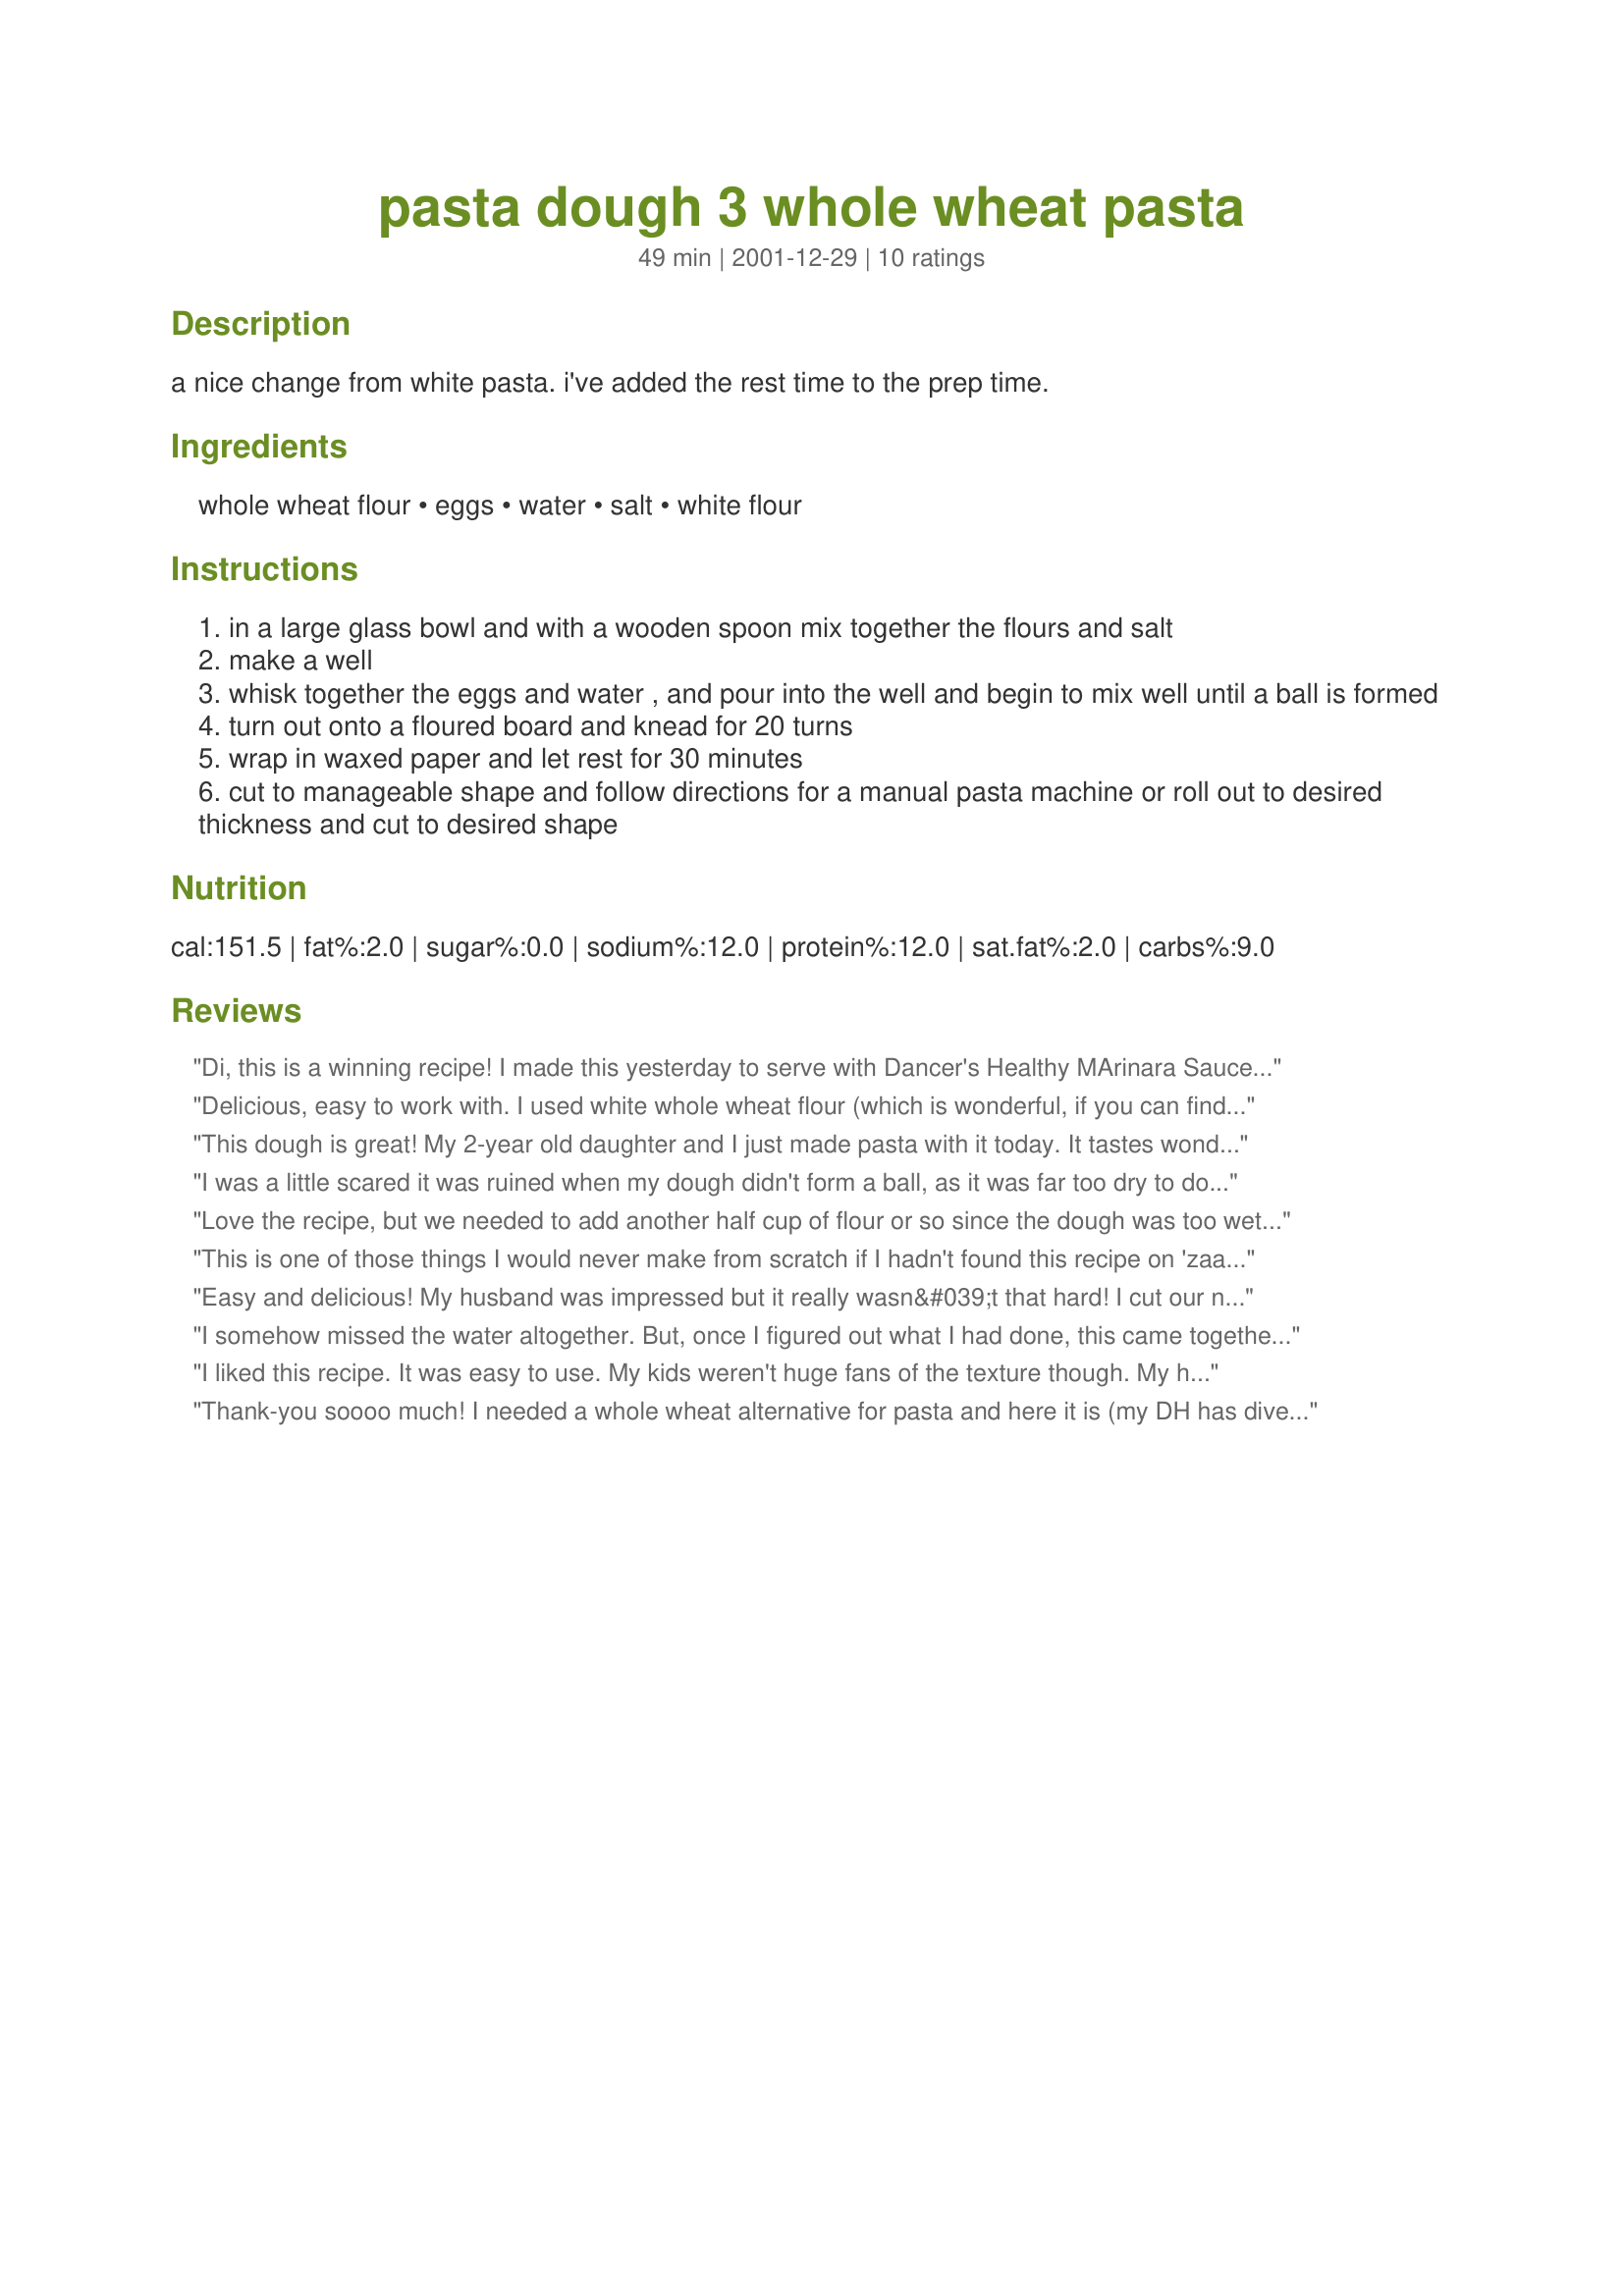
pasta dough 3 whole wheat pasta
Preparation time: 49 minutes

a nice change from white pasta. i've added the rest time to the prep time.

Ingredients:
whole wheat flour, eggs, water, salt, white flour

Steps:
in a large glass bowl and with a wooden spoon mix together the flours and salt
make a well
whisk together the eggs and water , and pour into the well and begin to mix well until a ball is formed
turn out onto a floured board and knead for 20 turns
wrap in waxed paper and let rest for 30 minutes
cut to manageable shape and follow directions for a manual pasta machine or roll out to desired thickness and cut to desired shape

Reviews:
Di, this is a winning recipe! I made this yesterday to serve with Dancer's Healthy MArinara Sauce and some fried calamari. I used my Kitchenaid Mixer's linguini attachment and this was a really terrific treat. I allowed the noodles to dry a bit as I prepared everything else and they boiled up really well. They also absorbed the sauce REALLY well and I just had a bit of the leftovers and the pasta is even better today. THANK YOU THANK YOU THANK YOU for posting this!!!
Delicious, easy to work with. I used white whole wheat flour (which is wonderful, if you can find it). Made ravioli, fettucine, and papardelle, all with success. Thanks!
This dough is great! My 2-year old daughter and I just made pasta with it today. It tastes wonderful! It was very pliable, which made it easy to work with. I will be making this a lot! Thanks!
I was a little scared it was ruined when my dough didn't form a ball, as it was far too dry to do so, but it's also really dry in our house as it is wintertime in MN! So I added another Tbls or so of water and though it was still tough to put together, it eventually got there. It soften and moistened up quite a bit while it was resting, and then I fed it through the pasta roller as normal. I made fettuccine noodles using setting #5. They have the texture of non-wheat noodles if rolled thin, though slightly more tender. I tried the recipe a 2nd time, this time adding no additional water and had to have my hubby muscle it into a ball. I rolled them a little thicker, using setting #3 and #4, but this time they tasted too stiff and chewy. So I think I'll try it once more, trying to get in-between these 2 results. Definitely worth trying though, I think they key is to get it just right to your liking and adjusting for your climate (it is so dry here!).
Love the recipe, but we needed to add another half cup of flour or so since the dough was too wet at first. We also added finely chopped basil for added color and flavor. Highly recommended!
This is one of those things I would never make from scratch if I hadn't found this recipe on 'zaar. I was looking for something to fix for dinner and to entertain my 4yo at the same time. This was perfect. She loves pasta and was really excited to make her own. We used white whole wheat, and found this recipe really easy. It took us a bit longer to prepare since we don't have a pasta machine to help with the rolling and cutting. It was really delicious and 4 of us ate nearly all of the pasta! We will definitely make this again!
Easy and delicious! My husband was impressed but it really wasn&#039;t that hard! I cut our noodles with a pizza cutter after rolling out.
I somehow missed the water altogether. But, once I figured out what I had done, this came together quite nicely. I used my kitchenaid and it was so easy. This was my first attempt at homemade pasta since cooking school and my first ever at whole wheat. I used a fettucini cutter and let it dry a bit before cooking. I served it with sauteed chicken and a marinara. The kids really loved it, and I think it was was the best pasta I'd ever eaten! Thank you!
I liked this recipe. It was easy to use. My kids weren't huge fans of the texture though. My husband and I loved it. I will make this again and just switch the flour combinations. I think my kids will like that better. What a great way to use our wheat! Thanks for sharing. :)
Thank-you soooo much! I needed a whole wheat alternative for pasta and here it is (my DH has diverticulitis and can't handle white flour). This dough tasted amazing and cooks up nice too, used it to make tortellini, YUM :)
